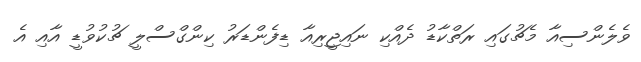
ވެލެންސިއާ މެޗުގައި ރަތްކާޑު ދެއްކި ނައިޖީރިއާ ޑިފެންޑަރު ކިންގްސްލީ ޗުކުވުޑީ އާއި އެ